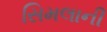
સિમલાની